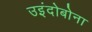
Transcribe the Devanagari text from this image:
उइंदोबोना